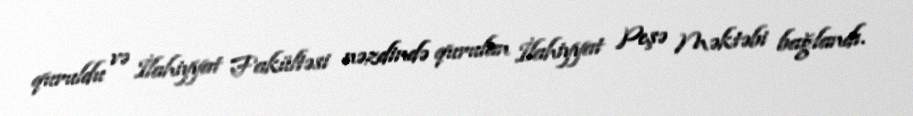
quruldu və İlahiyyat Fakültəsi nəzdində qurulan İlahiyyat Peşə Məktəbi bağlandı.